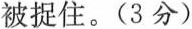
被捉住。(3分)